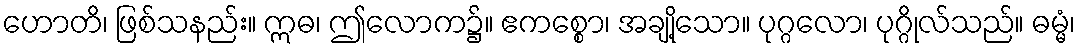
ဟောတိ၊ ဖြစ်သနည်း။ ဣဓ၊ ဤလောက၌။ ဧကစ္စော၊ အချို့သော။ ပုဂ္ဂလော၊ ပုဂ္ဂိုလ်သည်။ ဓမ္မံ၊